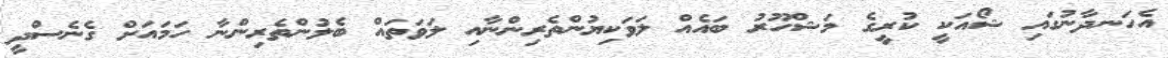
އެހަނދާނުގައި ޝޯއަކީ ކުރީގެ މަޝްހޫރު ބައެއް ލަވަކިޔުންތެރިންނާއި ލަވަތައް ބެލުންތެރިންނާ ހަމައަށް ގެނެސްދީ